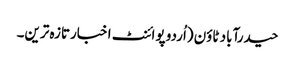
حیدرآباد ٹاؤن (اُردو پوائنٹ اخبارتازہ ترین۔